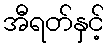
အီရတ်နှင့်